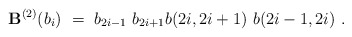
\begin{align*}{\bf B}^{(2)}(b_i)~=~b_{2i-1}~b_{2i+1}b(2i,2i+1)~b(2i-1,2i)~.\end{align*}